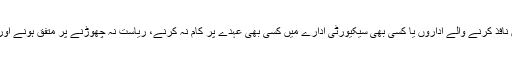
شرائط کو پورا کرنے کے لیے ملزم کو اپنے ہتھیار واپس کرنے، قانون نافذ کرنے والے اداروں یا کسی بھی سیکیورٹی ادارے میں کسی بھی عہدے پر کام نہ کرنے، ریاست نہ چھوڑنے پر متفق ہونے اور فلائیڈ کے اہل خانہ سے کوئی رابطہ نہیں رکھنے کی ضرورت ہوگی۔